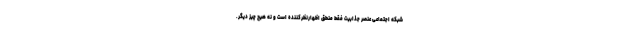
شبکه اجتماعی عنصر جذابیت فقط منطق اظهارنظرکننده است و نه هیچ چیز دیگر.